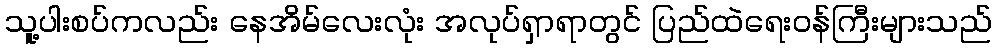
သူ့ပါးစပ်ကလည်း နေအိမ်လေးလုံး အလုပ်ရှာရာတွင် ပြည်ထဲရေးဝန်ကြီးများသည်